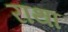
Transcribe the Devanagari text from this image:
राथा